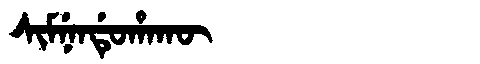
Manchu: ᠰᡳᠮᠨᡝᠨᡩᡠᡥᠠᡴᡡ
Romanization: SIMNENDUHAKŪ